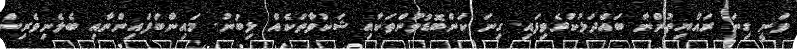
ވަނީ ގިނަ ރައްޔިތުންނާ ބައްދަލުކުރެވިފައި. ގިނަ ކަންބޮޑުވުންތަކާއި ޝަކުވާތަކެއް ލިބުނު. މައިންބަފައިންނާއި ބެލެނިވެރިން